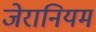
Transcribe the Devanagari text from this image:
जेरानियम